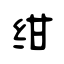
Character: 绀